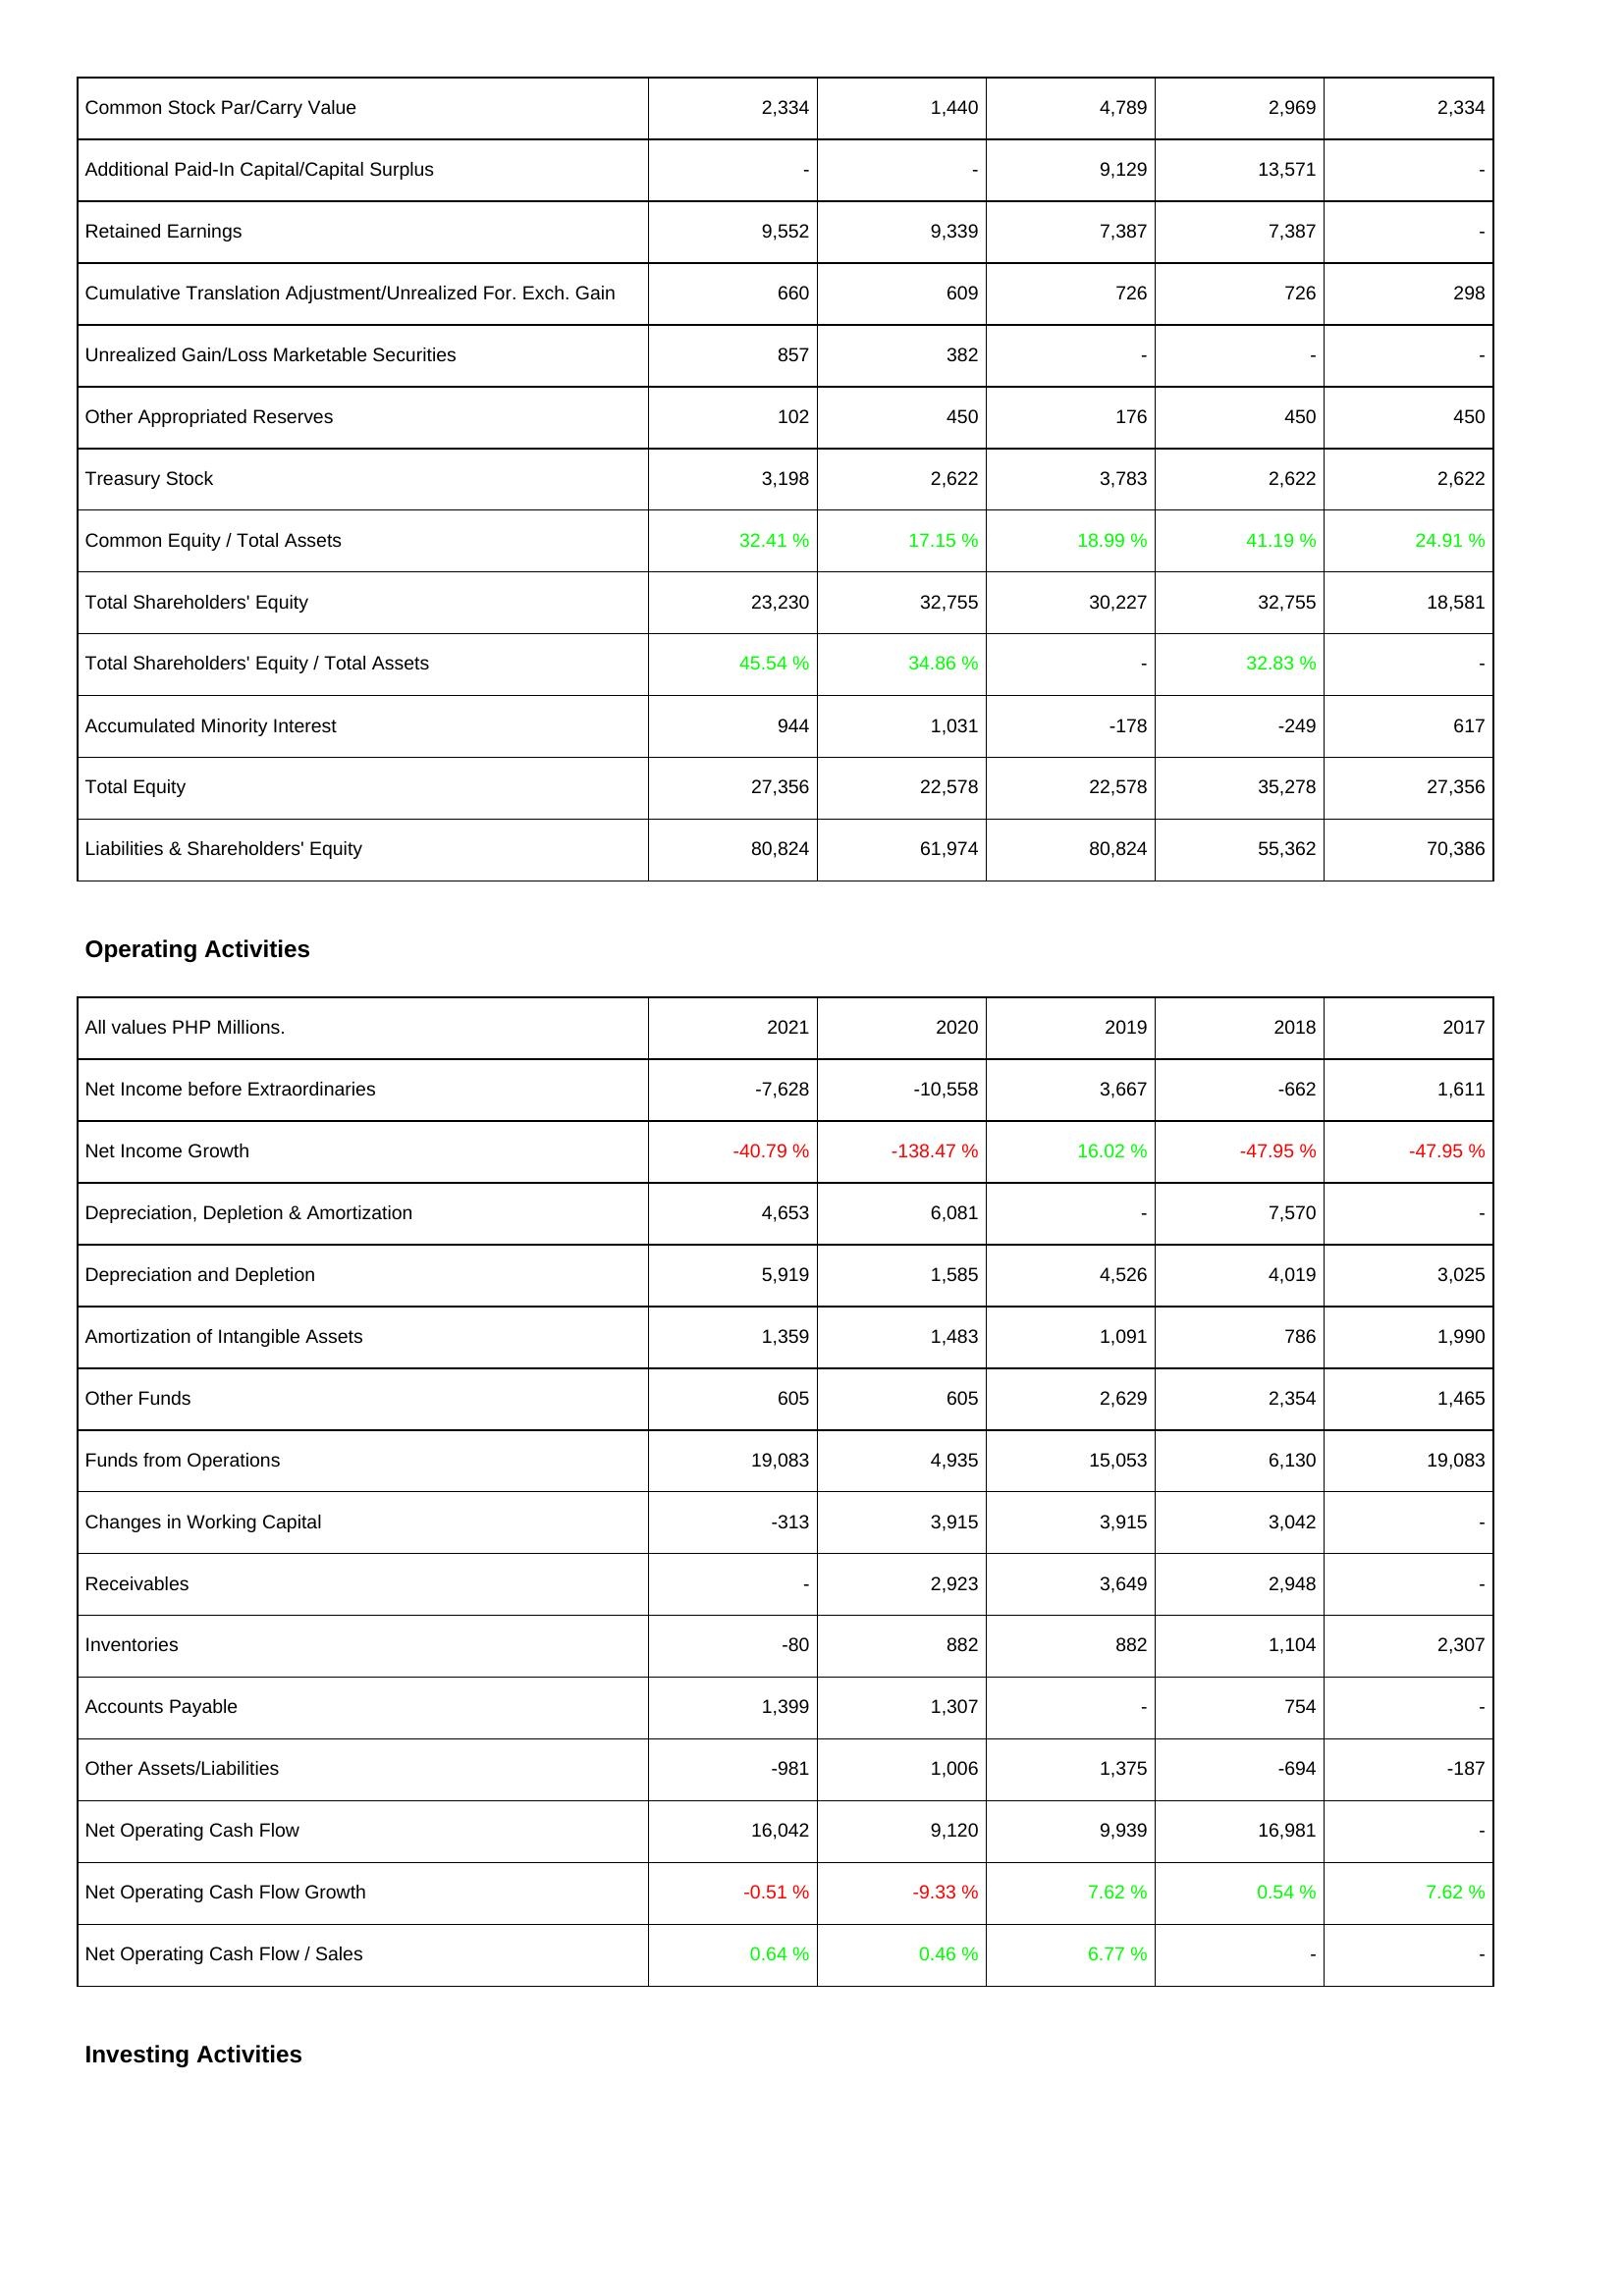
2021: Liabilities & Shareholders' Equity: Common Stock Par/Carry Value: 2,334
Additional Paid-In Capital/Capital Surplus: -
Retained Earnings: 9,552
Cumulative Translation Adjustment/Unrealized For. Exch. Gain: 660
Unrealized Gain/Loss Marketable Securities: 857
Other Appropriated Reserves: 102
Treasury Stock: 3,198
Common Equity / Total Assets: 32.41 %
Total Shareholders' Equity: 23,230
Total Shareholders' Equity / Total Assets: 45.54 %
Accumulated Minority Interest: 944
Total Equity: 27,356
Liabilities & Shareholders' Equity: 80,824
Operating Activities: Net Income before Extraordinaries: -7,628
Net Income Growth: -40.79 %
Depreciation, Depletion & Amortization: 4,653
Depreciation and Depletion: 5,919
Amortization of Intangible Assets: 1,359
Other Funds: 605
Funds from Operations: 19,083
Changes in Working Capital: -313
Receivables: -
Inventories: -80
Accounts Payable: 1,399
Other Assets/Liabilities: -981
Net Operating Cash Flow: 16,042
Net Operating Cash Flow Growth: -0.51 %
Net Operating Cash Flow / Sales: 0.64 %
2020: Liabilities & Shareholders' Equity: Common Stock Par/Carry Value: 1,440
Additional Paid-In Capital/Capital Surplus: -
Retained Earnings: 9,339
Cumulative Translation Adjustment/Unrealized For. Exch. Gain: 609
Unrealized Gain/Loss Marketable Securities: 382
Other Appropriated Reserves: 450
Treasury Stock: 2,622
Common Equity / Total Assets: 17.15 %
Total Shareholders' Equity: 32,755
Total Shareholders' Equity / Total Assets: 34.86 %
Accumulated Minority Interest: 1,031
Total Equity: 22,578
Liabilities & Shareholders' Equity: 61,974
Operating Activities: Net Income before Extraordinaries: -10,558
Net Income Growth: -138.47 %
Depreciation, Depletion & Amortization: 6,081
Depreciation and Depletion: 1,585
Amortization of Intangible Assets: 1,483
Other Funds: 605
Funds from Operations: 4,935
Changes in Working Capital: 3,915
Receivables: 2,923
Inventories: 882
Accounts Payable: 1,307
Other Assets/Liabilities: 1,006
Net Operating Cash Flow: 9,120
Net Operating Cash Flow Growth: -9.33 %
Net Operating Cash Flow / Sales: 0.46 %
2019: Liabilities & Shareholders' Equity: Common Stock Par/Carry Value: 4,789
Additional Paid-In Capital/Capital Surplus: 9,129
Retained Earnings: 7,387
Cumulative Translation Adjustment/Unrealized For. Exch. Gain: 726
Unrealized Gain/Loss Marketable Securities: -
Other Appropriated Reserves: 176
Treasury Stock: 3,783
Common Equity / Total Assets: 18.99 %
Total Shareholders' Equity: 30,227
Total Shareholders' Equity / Total Assets: -
Accumulated Minority Interest: -178
Total Equity: 22,578
Liabilities & Shareholders' Equity: 80,824
Operating Activities: Net Income before Extraordinaries: 3,667
Net Income Growth: 16.02 %
Depreciation, Depletion & Amortization: -
Depreciation and Depletion: 4,526
Amortization of Intangible Assets: 1,091
Other Funds: 2,629
Funds from Operations: 15,053
Changes in Working Capital: 3,915
Receivables: 3,649
Inventories: 882
Accounts Payable: -
Other Assets/Liabilities: 1,375
Net Operating Cash Flow: 9,939
Net Operating Cash Flow Growth: 7.62 %
Net Operating Cash Flow / Sales: 6.77 %
2018: Liabilities & Shareholders' Equity: Common Stock Par/Carry Value: 2,969
Additional Paid-In Capital/Capital Surplus: 13,571
Retained Earnings: 7,387
Cumulative Translation Adjustment/Unrealized For. Exch. Gain: 726
Unrealized Gain/Loss Marketable Securities: -
Other Appropriated Reserves: 450
Treasury Stock: 2,622
Common Equity / Total Assets: 41.19 %
Total Shareholders' Equity: 32,755
Total Shareholders' Equity / Total Assets: 32.83 %
Accumulated Minority Interest: -249
Total Equity: 35,278
Liabilities & Shareholders' Equity: 55,362
Operating Activities: Net Income before Extraordinaries: -662
Net Income Growth: -47.95 %
Depreciation, Depletion & Amortization: 7,570
Depreciation and Depletion: 4,019
Amortization of Intangible Assets: 786
Other Funds: 2,354
Funds from Operations: 6,130
Changes in Working Capital: 3,042
Receivables: 2,948
Inventories: 1,104
Accounts Payable: 754
Other Assets/Liabilities: -694
Net Operating Cash Flow: 16,981
Net Operating Cash Flow Growth: 0.54 %
Net Operating Cash Flow / Sales: -
2017: Liabilities & Shareholders' Equity: Common Stock Par/Carry Value: 2,334
Additional Paid-In Capital/Capital Surplus: -
Retained Earnings: -
Cumulative Translation Adjustment/Unrealized For. Exch. Gain: 298
Unrealized Gain/Loss Marketable Securities: -
Other Appropriated Reserves: 450
Treasury Stock: 2,622
Common Equity / Total Assets: 24.91 %
Total Shareholders' Equity: 18,581
Total Shareholders' Equity / Total Assets: -
Accumulated Minority Interest: 617
Total Equity: 27,356
Liabilities & Shareholders' Equity: 70,386
Operating Activities: Net Income before Extraordinaries: 1,611
Net Income Growth: -47.95 %
Depreciation, Depletion & Amortization: -
Depreciation and Depletion: 3,025
Amortization of Intangible Assets: 1,990
Other Funds: 1,465
Funds from Operations: 19,083
Changes in Working Capital: -
Receivables: -
Inventories: 2,307
Accounts Payable: -
Other Assets/Liabilities: -187
Net Operating Cash Flow: -
Net Operating Cash Flow Growth: 7.62 %
Net Operating Cash Flow / Sales: -